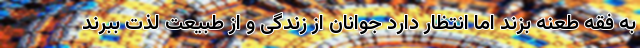
به فقه طعنه بزند اما انتظار دارد جوانان از زندگی و از طبیعت لذت ببرند